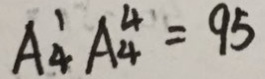
A _ { 4 } ^ { 1 } A _ { 4 } ^ { 4 } = 9 5